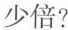
少倍?